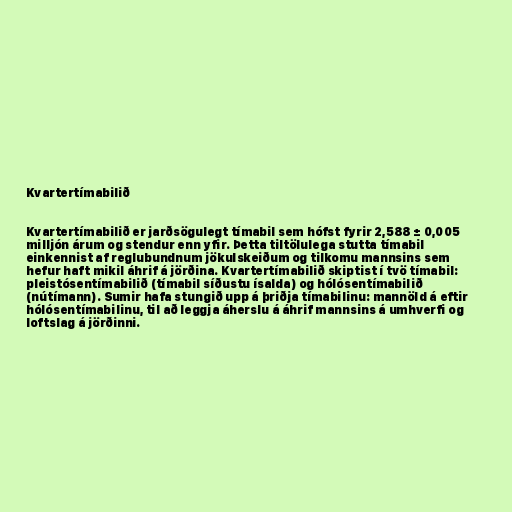
Kvartertímabilið

Kvartertímabilið er jarðsögulegt tímabil sem hófst fyrir 2,588 ± 0,005
milljón árum og stendur enn yfir. Þetta tiltölulega stutta tímabil
einkennist af reglubundnum jökulskeiðum og tilkomu mannsins sem
hefur haft mikil áhrif á jörðina. Kvartertímabilið skiptist í tvö tímabil:
pleistósentímabilið (tímabil síðustu ísalda) og hólósentímabilið
(nútímann). Sumir hafa stungið upp á þriðja tímabilinu: mannöld á eftir
hólósentímabilinu, til að leggja áherslu á áhrif mannsins á umhverfi og
loftslag á jörðinni.